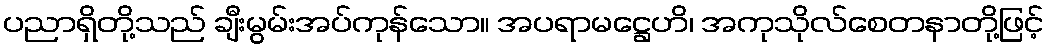
ပညာရှိတို့သည် ချီးမွမ်းအပ်ကုန်သော။ အပရာမဋ္ဌေဟိ၊ အကုသိုလ်စေတနာတို့ဖြင့်